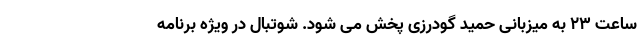
ساعت ۲۳ به میزبانی حمید گودرزی پخش می شود. شوتبال در ویژه برنامه